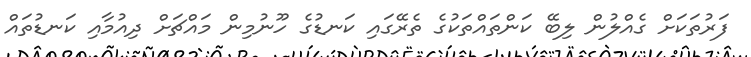
ފަރުތަކަށް ގެއްލުން ލިބޭ ކަންތައްތަކުގެ ތެރޭގައި ކަނޑުގެ ހޫނުމިން މައްޗަށް ދިއުމާއި ކަނޑުތައް